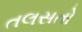
તલસતો